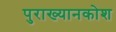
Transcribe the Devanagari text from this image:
पुराख्यानकोश